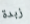
زبدة